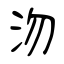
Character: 沕